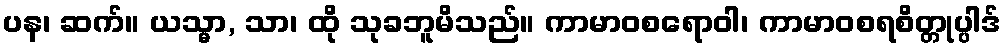
ပန၊ ဆက်။ ယသ္မာ, သာ၊ ထို သုခဘူမိသည်။ ကာမာဝစရောဝါ၊ ကာမာဝစရစိတ္တုပ္ပါဒ်